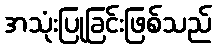
အသုံးပြုခြင်းဖြစ်သည်